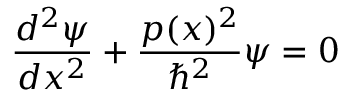
\frac { d ^ { 2 } \psi } { d x ^ { 2 } } + \frac { p ( x ) ^ { 2 } } { \hbar ^ { 2 } } \psi = 0